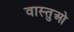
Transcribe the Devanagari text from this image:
वास्तुओ